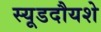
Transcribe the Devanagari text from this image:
स्यूडदौयशे